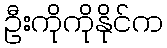
ဦးကိုကိုနိုင်က